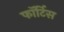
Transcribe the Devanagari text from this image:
फॉर्टिस